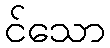
င်သော